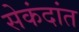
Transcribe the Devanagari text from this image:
सेकंदांत